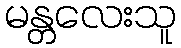
မန္တလေးသူ